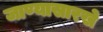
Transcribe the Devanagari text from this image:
जाण्यासारखे